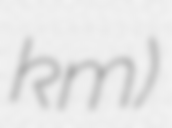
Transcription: km)